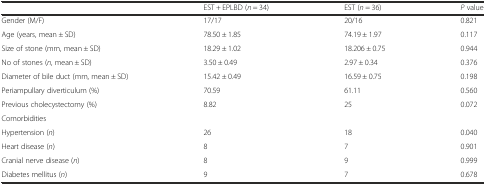
<table><thead><tr><td></td><td><b>EST + EPLBD (<i>n</i> = 34)</b></td><td><b>EST (<i>n</i> = 36)</b></td><td><b><i>P</i> value</b></td></tr></thead><tbody><tr><td>Gender (M/F)</td><td>17/17</td><td>20/16</td><td>0.821</td></tr><tr><td>Age (years, mean ± SD)</td><td>78.50 ± 1.85</td><td>74.19 ± 1.97</td><td>0.117</td></tr><tr><td>Size of stone (mm, mean ± SD)</td><td>18.29 ± 1.02</td><td>18.206 ± 0.75</td><td>0.944</td></tr><tr><td>No of stones (<i>n</i>, mean ± SD)</td><td>3.50 ± 0.49</td><td>2.97 ± 0.34</td><td>0.376</td></tr><tr><td>Diameter of bile duct (mm, mean ± SD)</td><td>15.42 ± 0.49</td><td>16.59 ± 0.75</td><td>0.198</td></tr><tr><td>Periampullary diverticulum (%)</td><td>70.59</td><td>61.11</td><td>0.560</td></tr><tr><td>Previous cholecystectomy (%)</td><td>8.82</td><td>25</td><td>0.072</td></tr><tr><td>Comorbidities</td><td></td><td></td><td></td></tr><tr><td>Hypertension (<i>n</i>)</td><td>26</td><td>18</td><td>0.040</td></tr><tr><td>Heart disease (<i>n</i>)</td><td>8</td><td>7</td><td>0.901</td></tr><tr><td>Cranial nerve disease (<i>n</i>)</td><td>8</td><td>9</td><td>0.999</td></tr><tr><td>Diabetes mellitus (<i>n</i>)</td><td>9</td><td>7</td><td>0.678</td></tr></tbody></table>